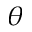
\theta